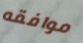
موافقه